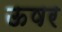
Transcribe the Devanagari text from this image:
ऊषर